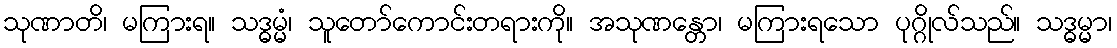
သုဏာတိ၊ မကြားရ။ သဒ္ဓမ္မံ၊ သူတော်ကောင်းတရားကို။ အသုဏန္တော၊ မကြားရသော ပုဂ္ဂိုလ်သည်။ သဒ္ဓမ္မာ၊